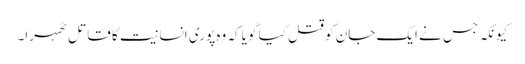
کیونکہ جس نے ایک جان کو قتل کیا گویا کہ وہ پوری انسانیت کا قاتل ٹھہرا۔